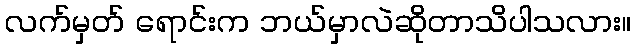
လက်မှတ် ရောင်းက ဘယ်မှာလဲဆိုတာသိပါသလား။